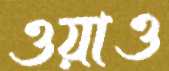
ওয়াও